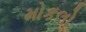
મોકલો